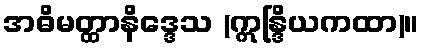
အဓိမတ္ထာနိဒ္ဒေသ (ဣန္ဒြိယကထာ)။